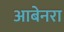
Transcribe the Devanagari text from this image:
आबेनरा